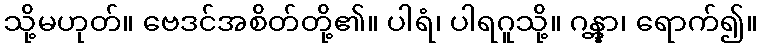
သို့မဟုတ်။ ဗေဒင်အစိတ်တို့၏။ ပါရံ၊ ပါရဂူသို့။ ဂန္တွာ၊ ရောက်၍။